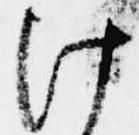
け